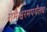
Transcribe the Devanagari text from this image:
रामेश्वरमपर्यंतच